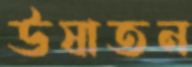
উষাতন